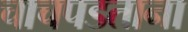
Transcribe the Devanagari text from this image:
चाचपडताना